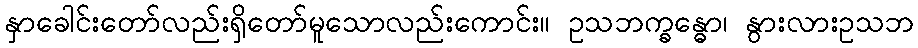
နှာခေါင်းတော်လည်းရှိတော်မူသောလည်းကောင်း။ ဥသဘက္ခန္ဓော၊ နွားလားဥသဘ